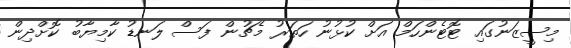
މިސީޒަނުގައި ޓޮޓެންހަމް އަށް ކުޅުނު ހަތަރު މެޗުން ފަސް ލަނޑު ކާމިޔާބު ކޮށްދިން